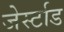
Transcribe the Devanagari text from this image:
जेर्स्टाड